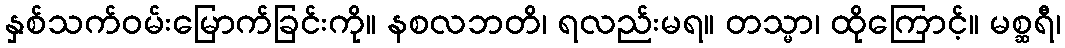
နှစ်သက်ဝမ်းမြောက်ခြင်းကို။ နစလဘတိ၊ ရလည်းမရ။ တသ္မာ၊ ထိုကြောင့်။ မစ္ဆရီ၊